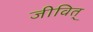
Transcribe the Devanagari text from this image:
जीवित्